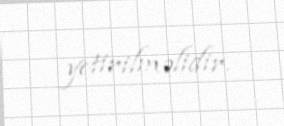
yetirilməlidir.